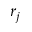
r _ { j }